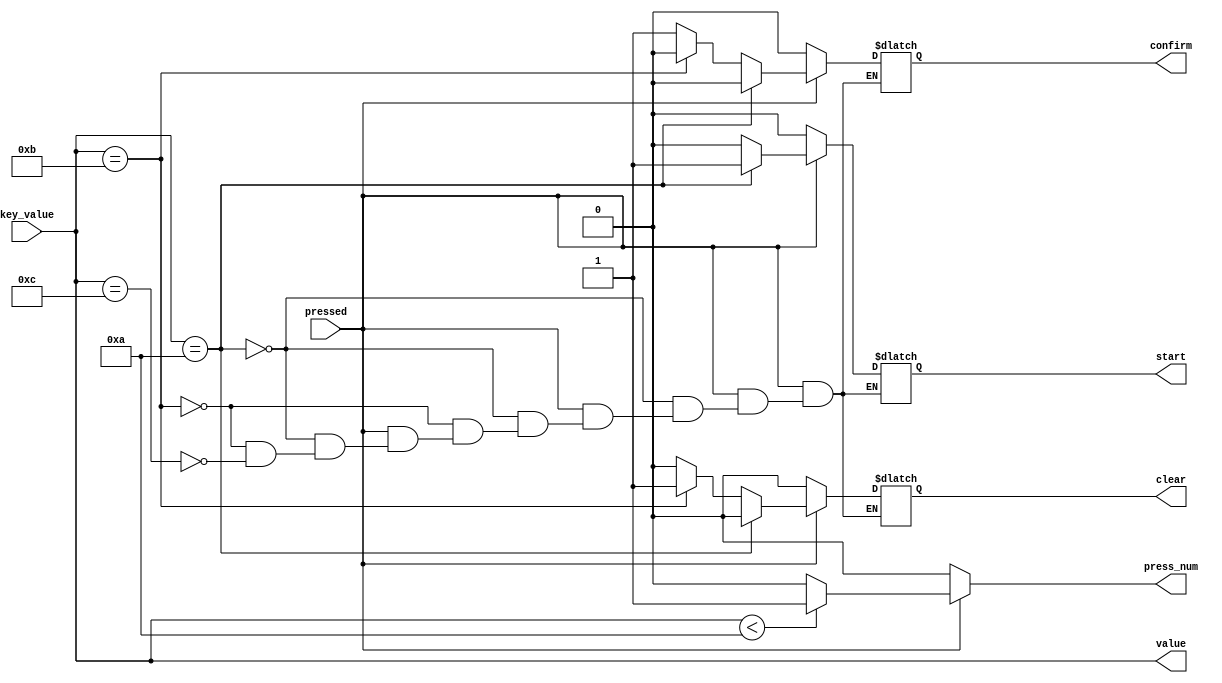
// Input_Processor
// Function: Manage the input for keyboard scanner.
// State: Finished.

module InputProcessor(
    input pressed,
    input [3:0]key_value,
    output reg start,
    output reg clear,
    output reg confirm,
    output reg press_num,
    output [3:0]value
    );

    assign value = key_value;

    always@(pressed)begin
        if(pressed) begin
            if(key_value == 4'b1010) begin
                confirm = 0;
                start = 1;
                clear = 0;
            end 
            else if(key_value == 4'b1011)begin
                confirm = 0;
                start = 0;
                clear = 1;
            end
            else if(key_value == 4'b1100)begin
                confirm = 1;
                start = 0;
                clear = 0;
            end
            press_num = (key_value < 4'b1010)? 1:0;
        end
        else begin
            clear <= 0;
            start <= 0;
            confirm <= 0;
            press_num <= 0;
        end
    end
    
endmodule